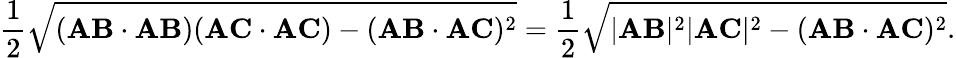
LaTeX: {\frac{1}{2}}{\sqrt{(\mathbf{AB}\cdot\mathbf{AB})(\mathbf{AC}\cdot\mathbf{AC})-(\mathbf{AB}\cdot\mathbf{AC})^{2}}}={\frac{1}{2}}{\sqrt{|\mathbf{AB}|^{2}|\mathbf{AC}|^{2}-(\mathbf{AB}\cdot\mathbf{AC})^{2}}}.